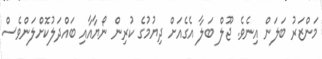
މަންޒަރު ބަލަން އިނެވެ. ޖޫލް ބަލާ އެގެއަށް ދިޔުމުގެ ކުރިން ނޯޔާއާއި ބައްދަލުކޮށްލަންވެސް